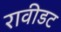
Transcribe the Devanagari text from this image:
रावीडट